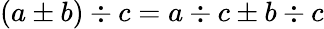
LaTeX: (a\pm b)\div c=a\div c\pm b\div c